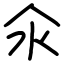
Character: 氽